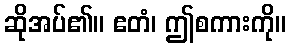
ဆိုအပ်၏။ ဧတံ၊ ဤစကားကို။